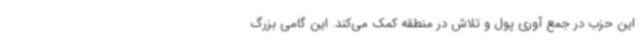
این حزب در جمع آوری پول و تلاش در منطقه کمک می‌کند. این گامی بزرگ